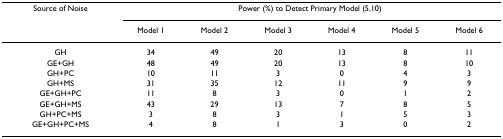
<table><thead><tr><td><b>Source of Noise</b></td><td colspan="6"><b>Power (%) to Detect Primary Model (5,10)</b></td></tr><tr><td></td><td><b>Model 1</b></td><td><b>Model 2</b></td><td><b>Model 3</b></td><td><b>Model 4</b></td><td><b>Model 5</b></td><td><b>Model 6</b></td></tr></thead><tbody><tr><td>GH</td><td>34</td><td>49</td><td>20</td><td>13</td><td>8</td><td>11</td></tr><tr><td>GE+GH</td><td>48</td><td>49</td><td>20</td><td>13</td><td>8</td><td>10</td></tr><tr><td>GH+PC</td><td>10</td><td>11</td><td>3</td><td>0</td><td>4</td><td>3</td></tr><tr><td>GH+MS</td><td>31</td><td>35</td><td>12</td><td>11</td><td>9</td><td>9</td></tr><tr><td>GE+GH+PC</td><td>11</td><td>8</td><td>3</td><td>0</td><td>1</td><td>2</td></tr><tr><td>GE+GH+MS</td><td>43</td><td>29</td><td>13</td><td>7</td><td>8</td><td>5</td></tr><tr><td>GH+PC+MS</td><td>3</td><td>8</td><td>3</td><td>1</td><td>5</td><td>3</td></tr><tr><td>GE+GH+PC+MS</td><td>4</td><td>8</td><td>1</td><td>3</td><td>0</td><td>2</td></tr></tbody></table>